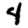
Digit: 4